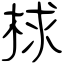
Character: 梂